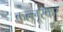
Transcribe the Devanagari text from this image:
कल्लूरकर